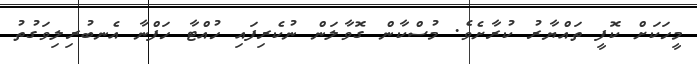
މީހަކަށް ކޮފީ ތައްޔާރު ކުރާށެވެ. މުސްކާން ގޮވާލަން ނުކެރިފައި ހުއްޓާ ހަފްނާ އެނބުރިލިވަގުތު